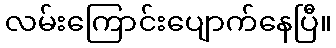
လမ်းကြောင်းပျောက်နေပြီ။